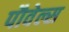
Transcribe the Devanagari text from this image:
पौवेल्स